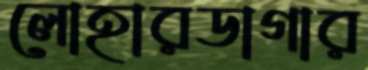
লোহারডাগার